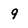
Character: 9